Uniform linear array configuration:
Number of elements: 24
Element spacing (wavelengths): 0.25
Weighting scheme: hann
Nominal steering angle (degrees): -30
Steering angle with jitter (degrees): -30.342
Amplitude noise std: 0.05
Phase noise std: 0.05

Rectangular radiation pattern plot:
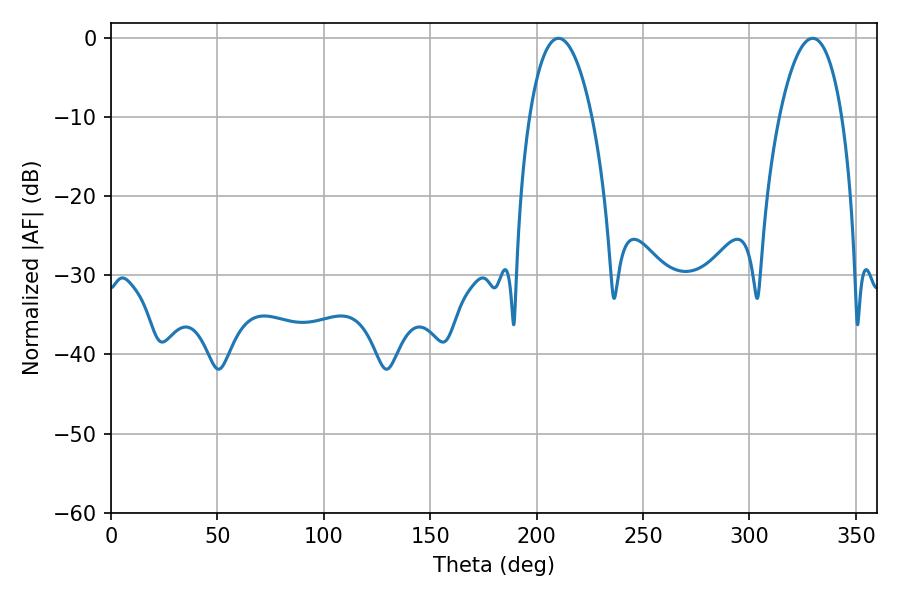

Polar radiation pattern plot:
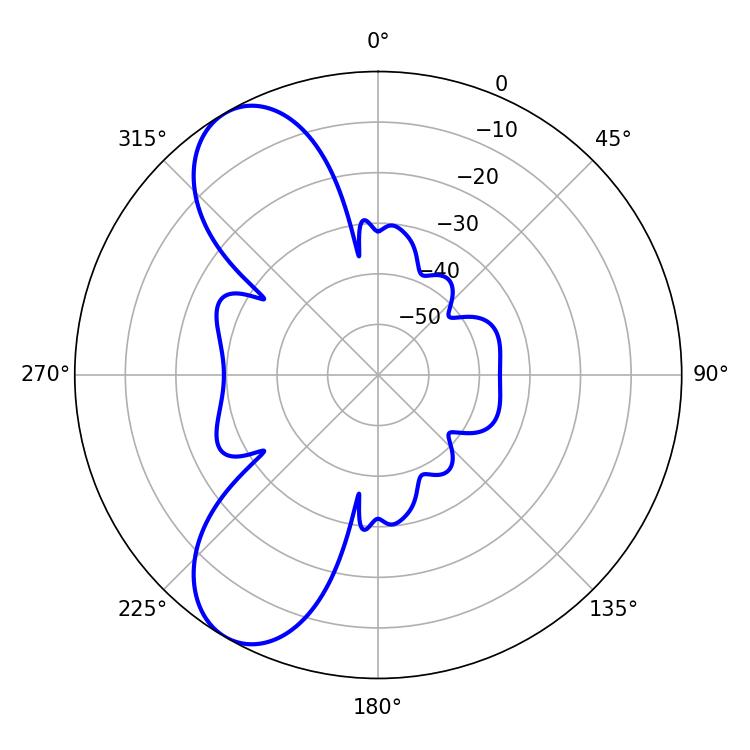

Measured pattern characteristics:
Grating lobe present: FALSE
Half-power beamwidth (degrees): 16.56
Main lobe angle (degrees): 210.24